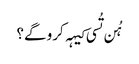
‏ ہُن تُسی کیہہ کرو گے؟